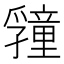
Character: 𭓜